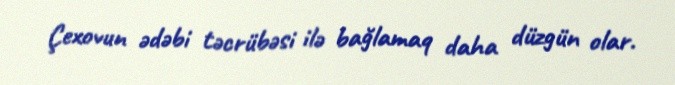
Çexovun ədəbi təcrübəsi ilə bağlamaq daha düzgün olar.